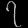
Digit: ၇